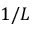
1 / L